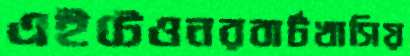
এইটেওনরবার্টখাসিয়